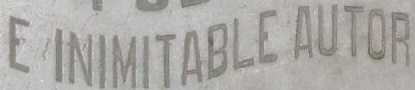
C INIMITABLE AUTOR